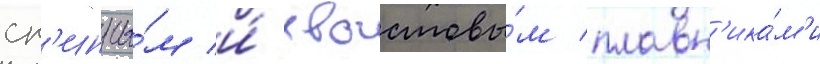
сп'инны́м и́ хвостовы́м плавн'ика́м'и